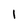
Character: l